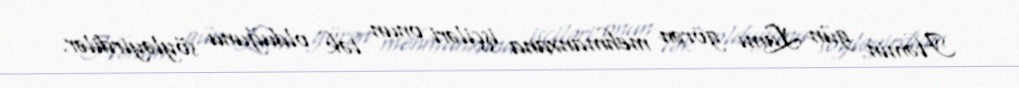
Həmin gün Lamı görən mehmanxana işçiləri onun tək olduğunu söyləyirdilər.